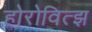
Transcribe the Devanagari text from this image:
होरोवित्झ